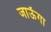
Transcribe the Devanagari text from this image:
जाऊॅगा